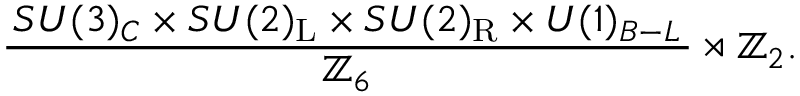
{ \frac { \, S U ( 3 ) _ { C } \times S U ( 2 ) _ { \mathrm { { L } } } \times S U ( 2 ) _ { \mathrm { { R } } } \times U ( 1 ) _ { B - L } \, } { \mathbb { Z } _ { 6 } } } \rtimes \mathbb { Z } _ { 2 } .